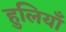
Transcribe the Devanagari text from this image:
हुलियाँ